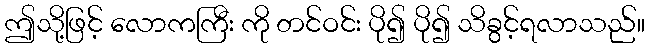
ဤသို့ဖြင့် လောကကြီး ကို တင်ဝင်း ပို၍ ပို၍ သိခွင့်ရလာသည်။